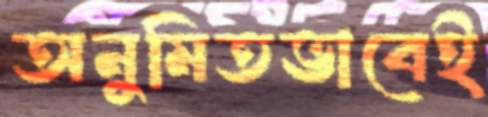
অনুমিতভাবেই